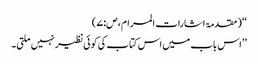
‘‘ (مقدمۃ اشارات المرام،ص:۷)
’’اس باب میں اس کتاب کی کوئی نظیر نہیں ملتی۔